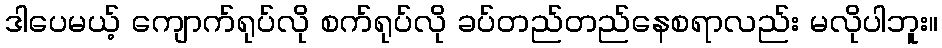
ဒါပေမယ့် ကျောက်ရုပ်လို စက်ရုပ်လို ခပ်တည်တည်နေစရာလည်း မလိုပါဘူး။